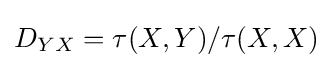
D_{YX}=\tau (X,Y)/\tau (X,X)